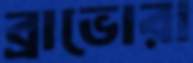
ব্রাভোরা